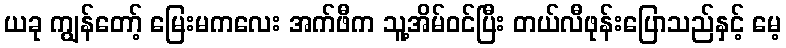
ယခု ကျွန်တော့် မြေးမကလေး အက်ဖီက သူ့အိမ်ဝင်ပြီး တယ်လီဖုန်းပြောသည်နှင့် မေ့